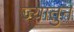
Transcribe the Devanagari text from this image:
ज्यातुन